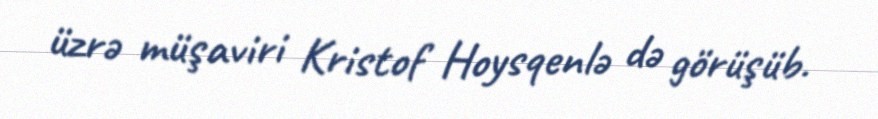
üzrə müşaviri Kristof Hoysqenlə də görüşüb.